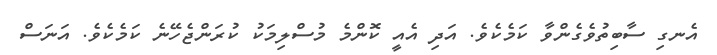
އެނގި ސާބިތުވެގެންވާ ކަމެކެވެ. އަދި އެއީ ކޮންމެ މުސްލިމަކު ކުރަންޖެހޭނެ ކަމެކެވެ. އަނަސް